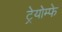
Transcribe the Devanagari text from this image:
ट्रेयोम्फे